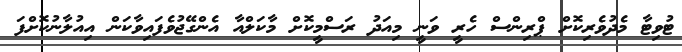
ޓުވިޓާ މެދުވެރިކޮށް ޕްރިންސް ހެރީ ވަނީ މިއަދު ރަސްމީކޮށް މާކަލްއާ އެންގޭޖުވެފައިވާކަން އިއުލާނުކޮށްފަ